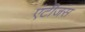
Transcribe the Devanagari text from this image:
एंटीजंस